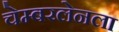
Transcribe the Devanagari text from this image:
चेम्बरलेनला